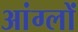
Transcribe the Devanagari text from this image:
आंग्लों